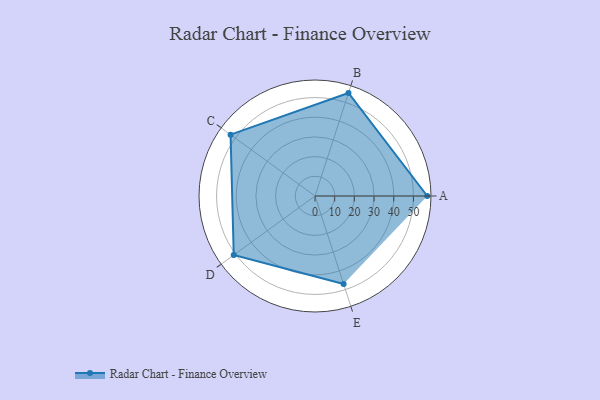
{"axis": {"x": "Skill", "y": "Score"}, "legend": ["Profile"], "data": [{"x": "A", "y": 57.0, "type": "Profile"}, {"x": "B", "y": 55.0, "type": "Profile"}, {"x": "C", "y": 53.0, "type": "Profile"}, {"x": "D", "y": 51.0, "type": "Profile"}, {"x": "E", "y": 47.0, "type": "Profile"}]}